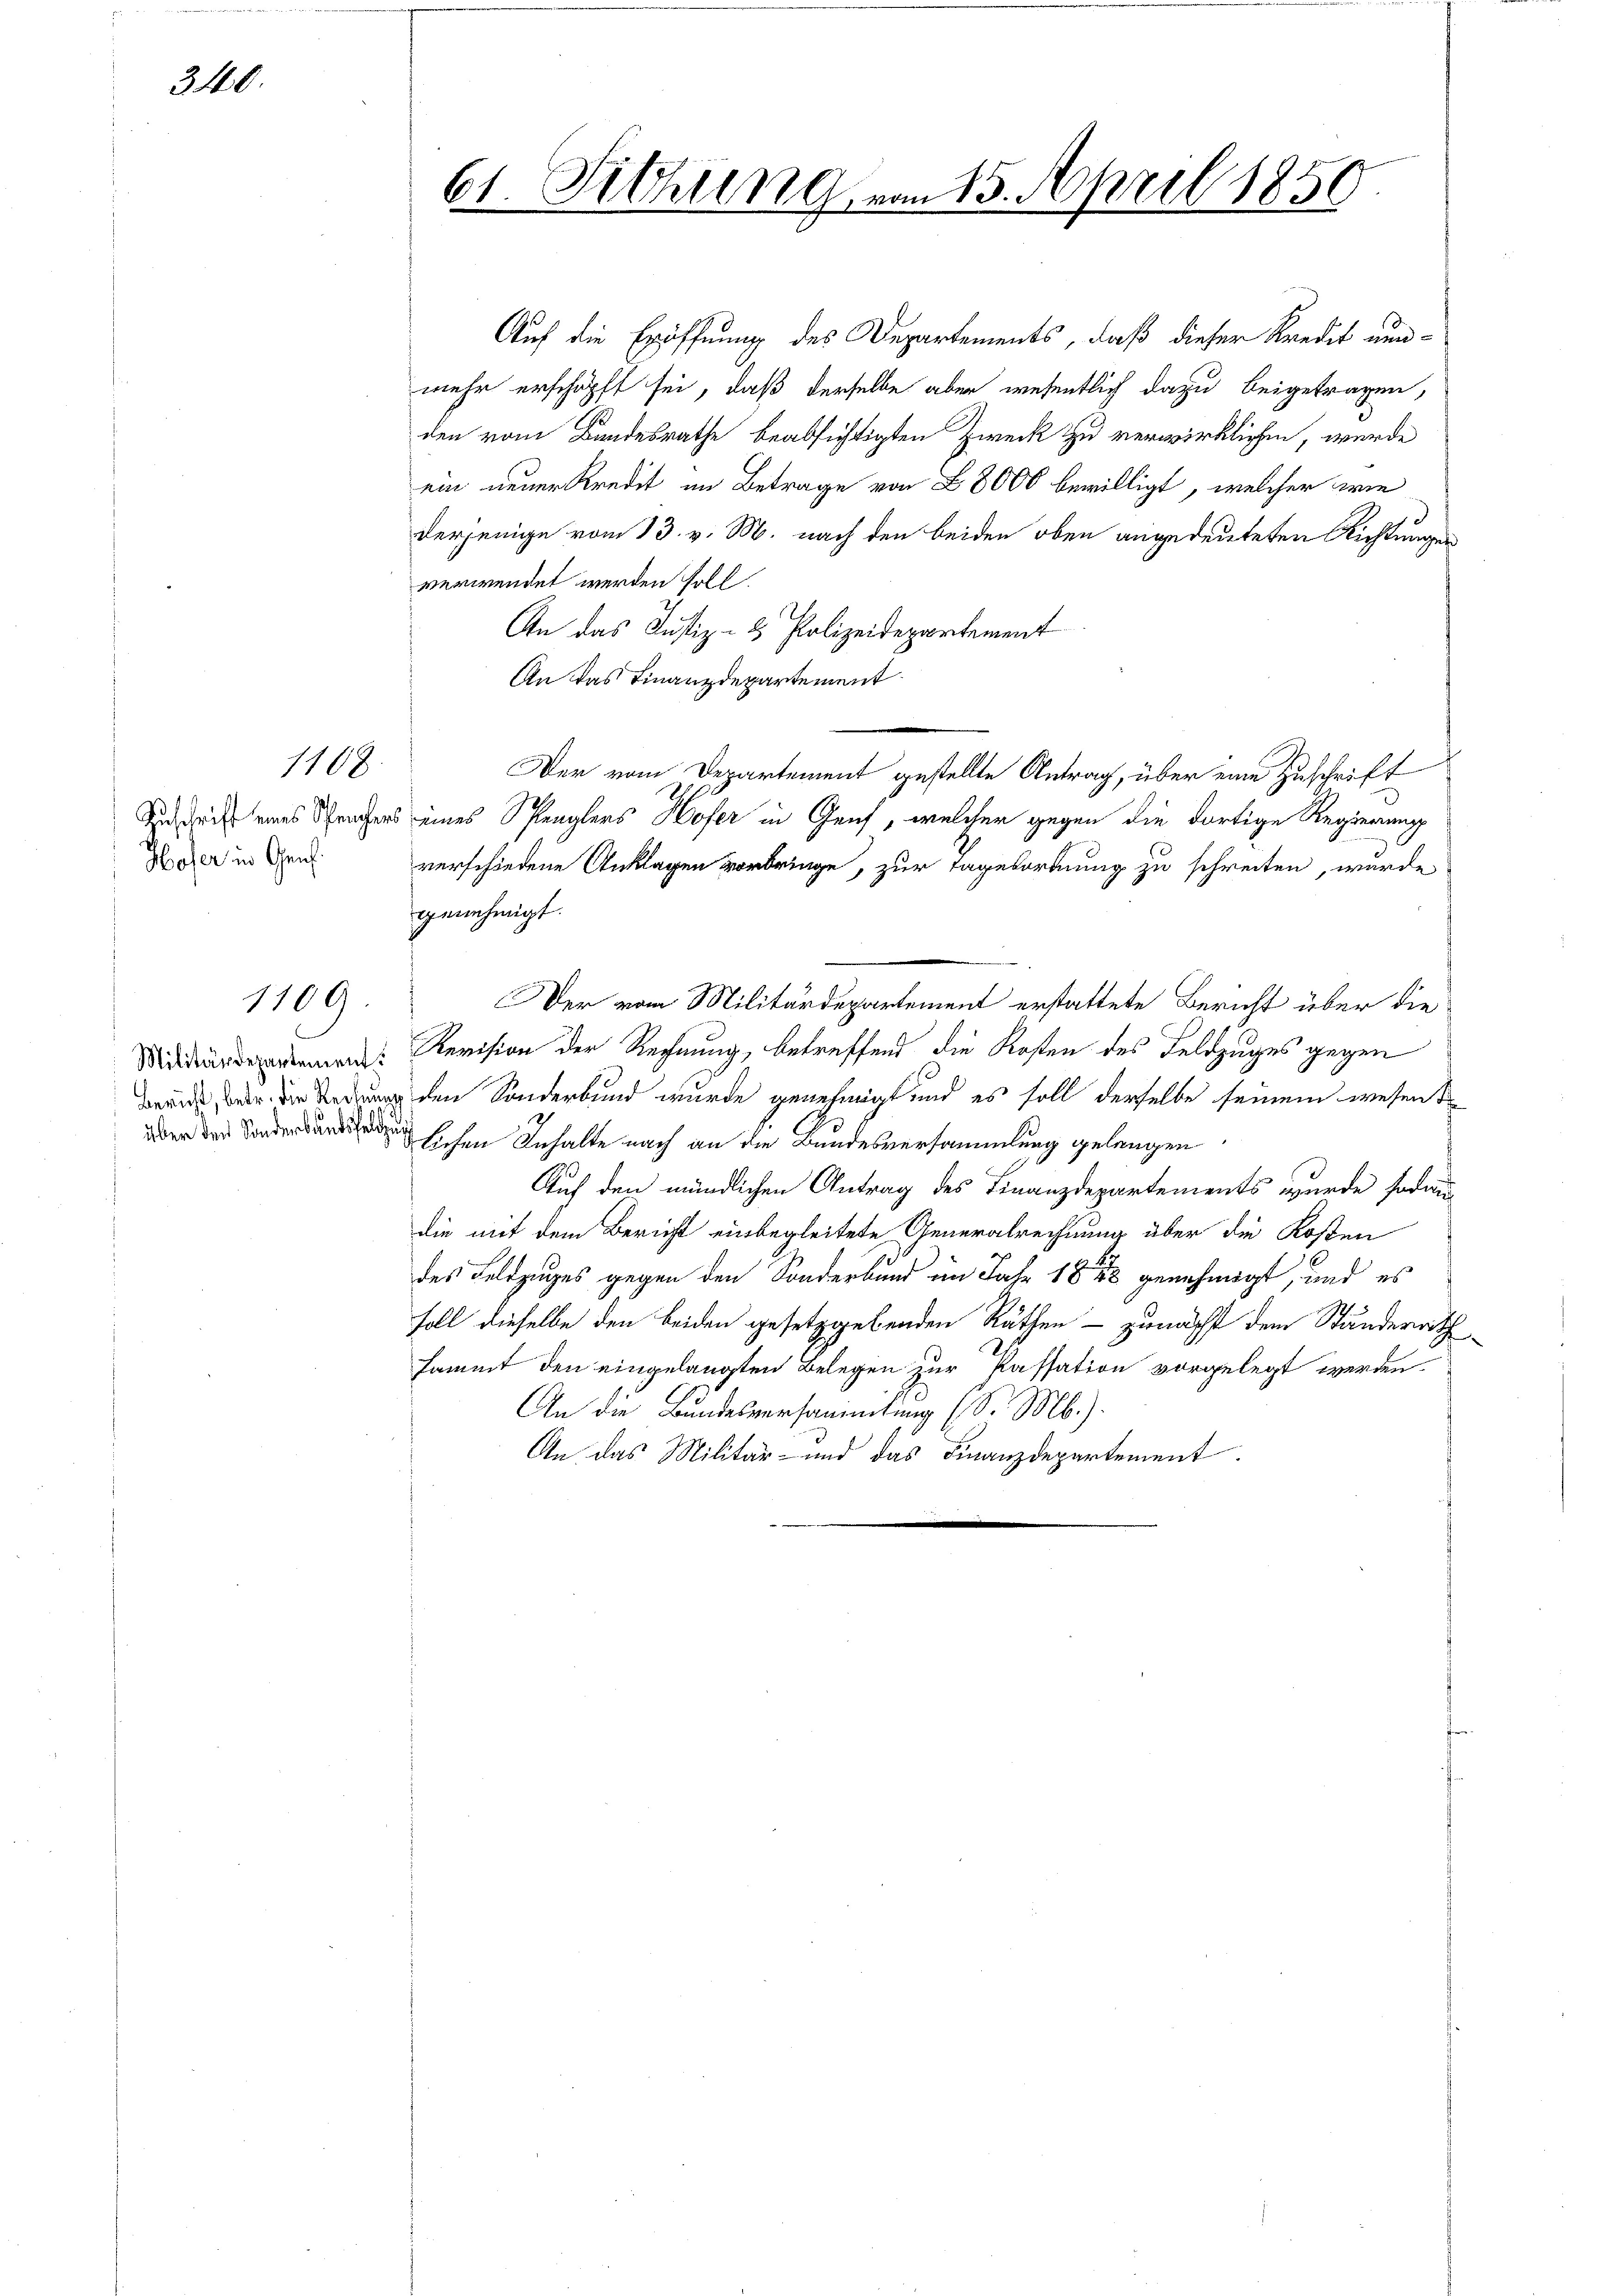
310.

1108.

Hofer in Genf.

1109.

61. Fichung vom 15. April 1850

Auf die Eröffnung des Departements, daß dieser Kredit nunmehr erschöpft sei, daß derselbe aber wesentlich dazu beigetragen,
den vom Bundesrathe beabsichtigten Zweck zu verwirklichen, wurde
ein neuer Kredit im Betrage von 8000 bewilligt, welcher wie
derjenige vom 13. v. M. nach den beiden oben angedeuteten Richtungen
verwendet werden soll.
An das Justiz- & Polizeidepartement
An das Finanzdepartement
Zu dich eines Sprachers eines Spenglers Hofer in Genf, welcher gegen die dortige Regierung
verschiedene Anklagen vorbringe, zur Tagesordnung zu schreiten, wurde
genehmigt.
Der vom Militärdepartement erstattete Bericht über die
d. Revision der Rechnung, betreffend die Kosten des Feldzuges gegen
 den Sonderbund wurde genehmigt und es soll derselbe seinem wesen d
en Inhalte nach an die Bundesversammlung gelangen
Auf den mündlichen Antrag des Finanzdepartements wurde sodann
die mit dem Bericht einbegleitete Generalrechnung über die Kosten
des Feldzuges gegen den Sonderbund im Jahr 1843 genehmigt, und es
soll dieselbe den beiden gesetzgebenden Räthen - zunächst dem Ständerrith
sammt den eingelangten Belegen zur Passation vorgelegt werden.
An die Bundesversammlung (S. Mb.).
An das Militär- und das Finanzdepartement

Der vom Departement gestellte Antrag, über eine Zuschrift